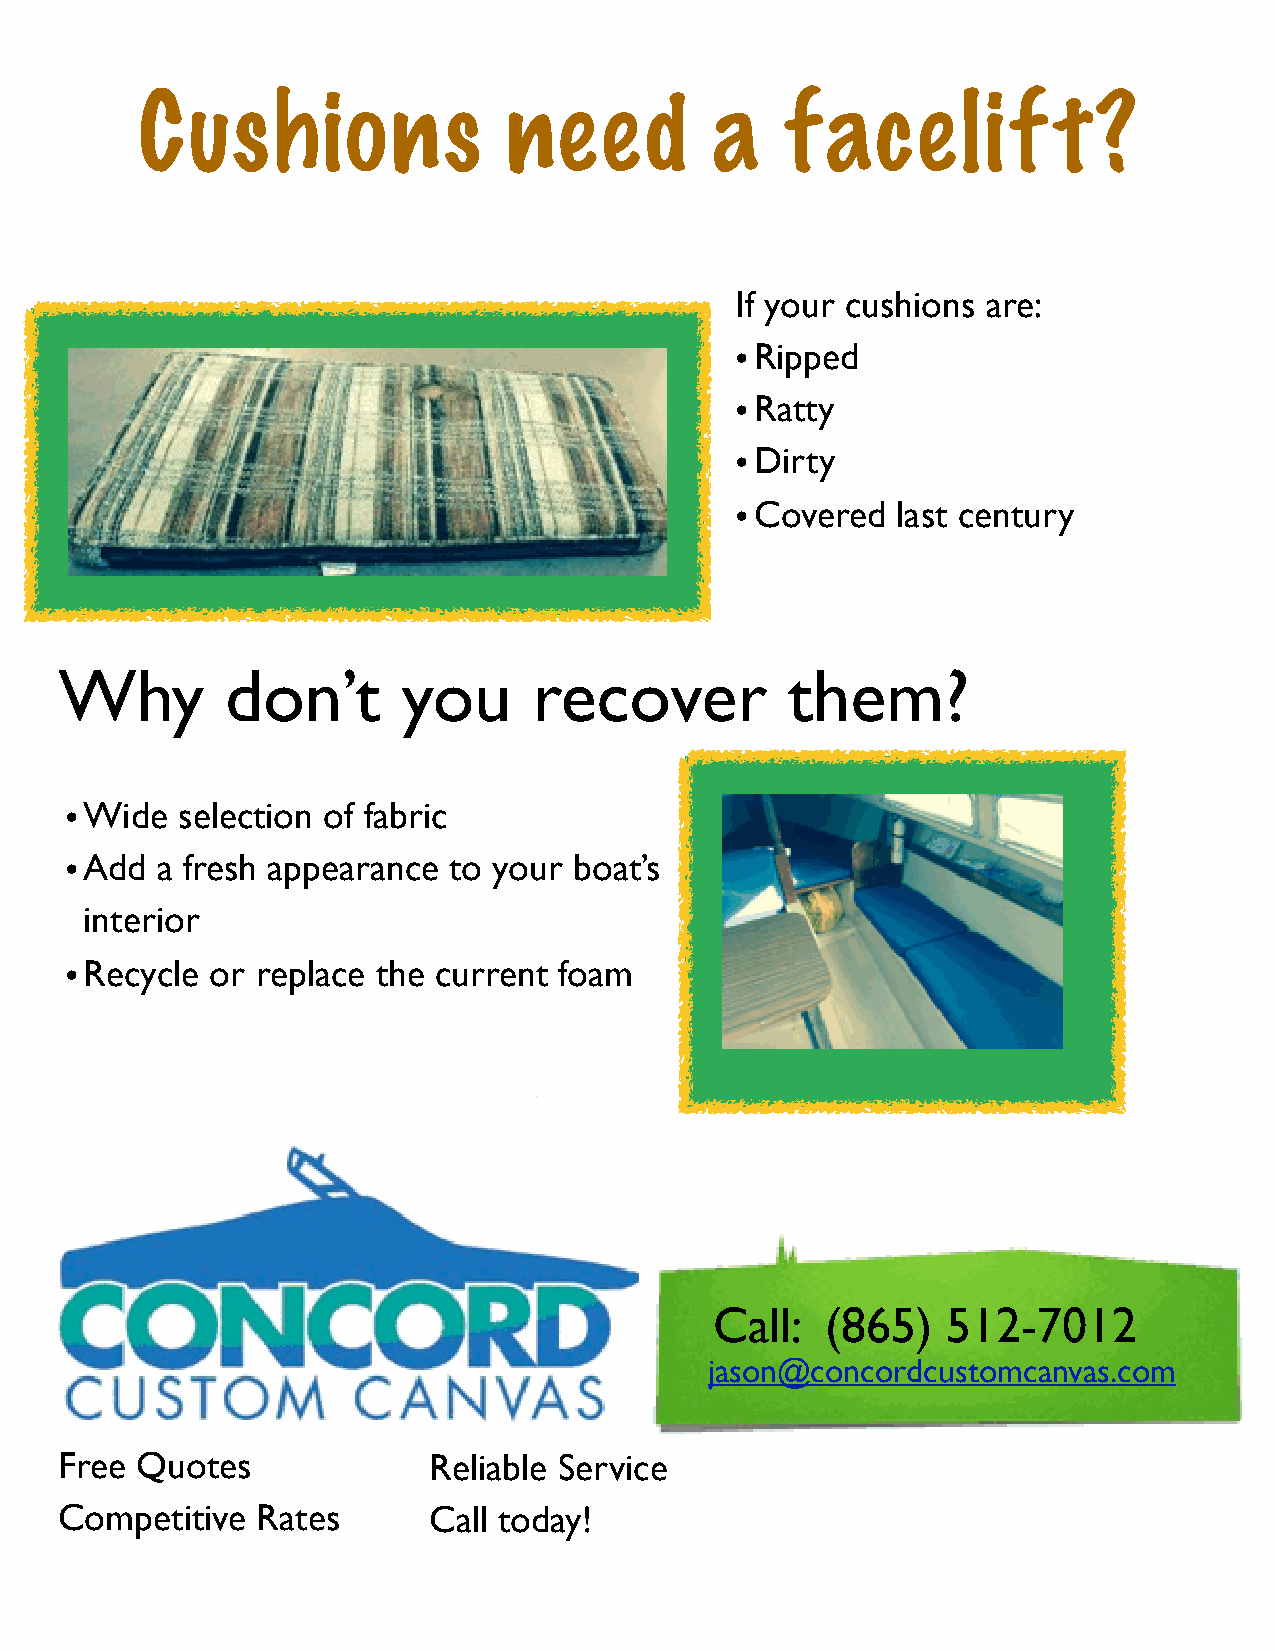
Cushions                nee       d   a    f  ace      lif   t?
 If your cushions are:
 •Ripped
 •Ratty
 •Dirty
 •Covered  last century
 Why        don’t       you     recover          them?
 •Wide   selection of fabric
 •Add  a fresh appearance  to your boat’s
 interior
 •Recycle  or replace the current foam
 Call:   (865)   512-7012
 jason@concordcustomcanvas.com
 Free Quotes             Reliable Service
 Competitive  Rates      Call today!